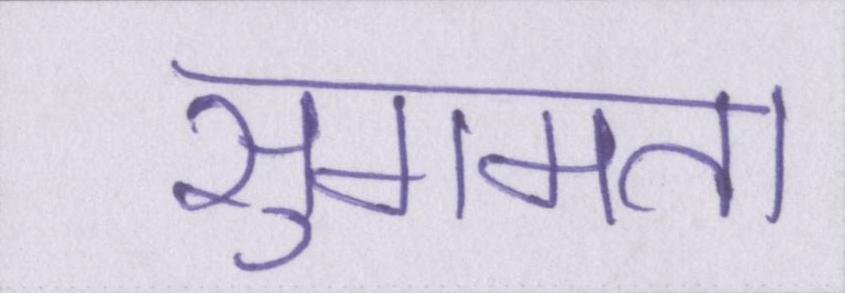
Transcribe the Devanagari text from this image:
सुगमता